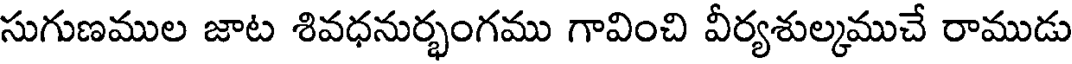
సుగుణముల జాట శివధనుర్భంగము గావించి వీర్యశుల్మముచే రాముడు